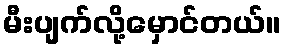
မီးပျက်လို့မှောင်တယ်။